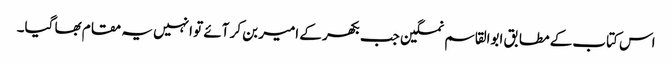
اس کتاب کے مطابق ابوالقاسم نمکین جب بکھر کے امیر بن کر آئے تو انہیں یہ مقام بھا گیا۔